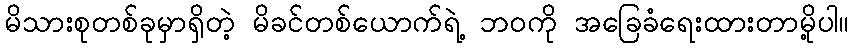
မိသားစုတစ်ခုမှာရှိတဲ့ မိခင်တစ်ယောက်ရဲ့ ဘဝကို အခြေခံရေးထားတာမို့ပါ။